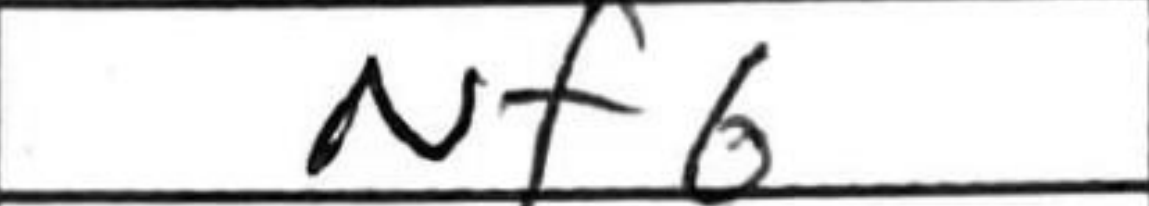
Transcription: Nf6